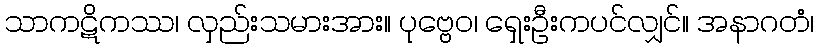
သာကဋိကဿ၊ လှည်းသမားအား။ ပုဗ္ဗေဝ၊ ရှေးဦးကပင်လျှင်။ အနာဂတံ၊